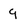
Character: 9